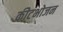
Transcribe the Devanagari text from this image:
कीटभोजन